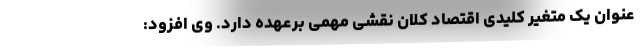
عنوان یک متغیر کلیدی اقتصاد کلان نقشی مهمی برعهده دارد. وی افزود: